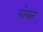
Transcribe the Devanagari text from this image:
पोयंर